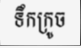
ទឹកក្រូច